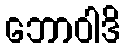
ဘောဝါဒိ